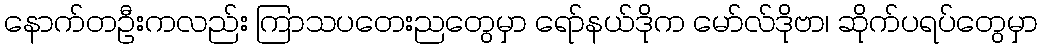
နောက်တဦးကလည်း ကြာသပတေးညတွေမှာ ရော်နယ်ဒိုက မော်လ်ဒိုဗာ၊ ဆိုက်ပရပ်တွေမှာ